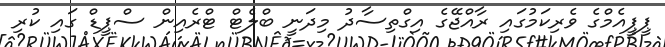
ޕީޕީއެމްގެ ވެރިކަމުގައި ރާއްޖޭގެ އިގްތިސާދު މިދަނީ ބްލެޓް ޓްރެއިން ސްޕީޑް ގައި ކުރި